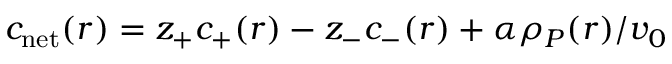
c _ { \mathrm { n e t } } ( r ) = z _ { + } c _ { + } ( r ) - z _ { - } c _ { - } ( r ) + \alpha { \rho } _ { P } ( r ) / v _ { 0 }